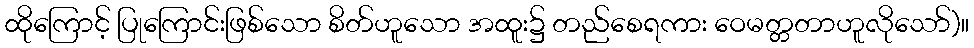
ထိုကြောင့် ပြုကြောင်းဖြစ်သော စိတ်ဟူသော အထူး၌ တည်စေရကား ဝေမတ္တတာဟူလိုသော်)။